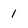
Character: 1